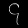
Digit: ၄